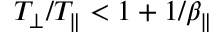
T _ { \perp } / T _ { \parallel } < 1 + 1 / \beta _ { \parallel }